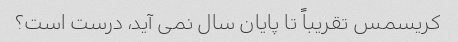
کریسمس تقریباً تا پایان سال نمی آید، درست است؟